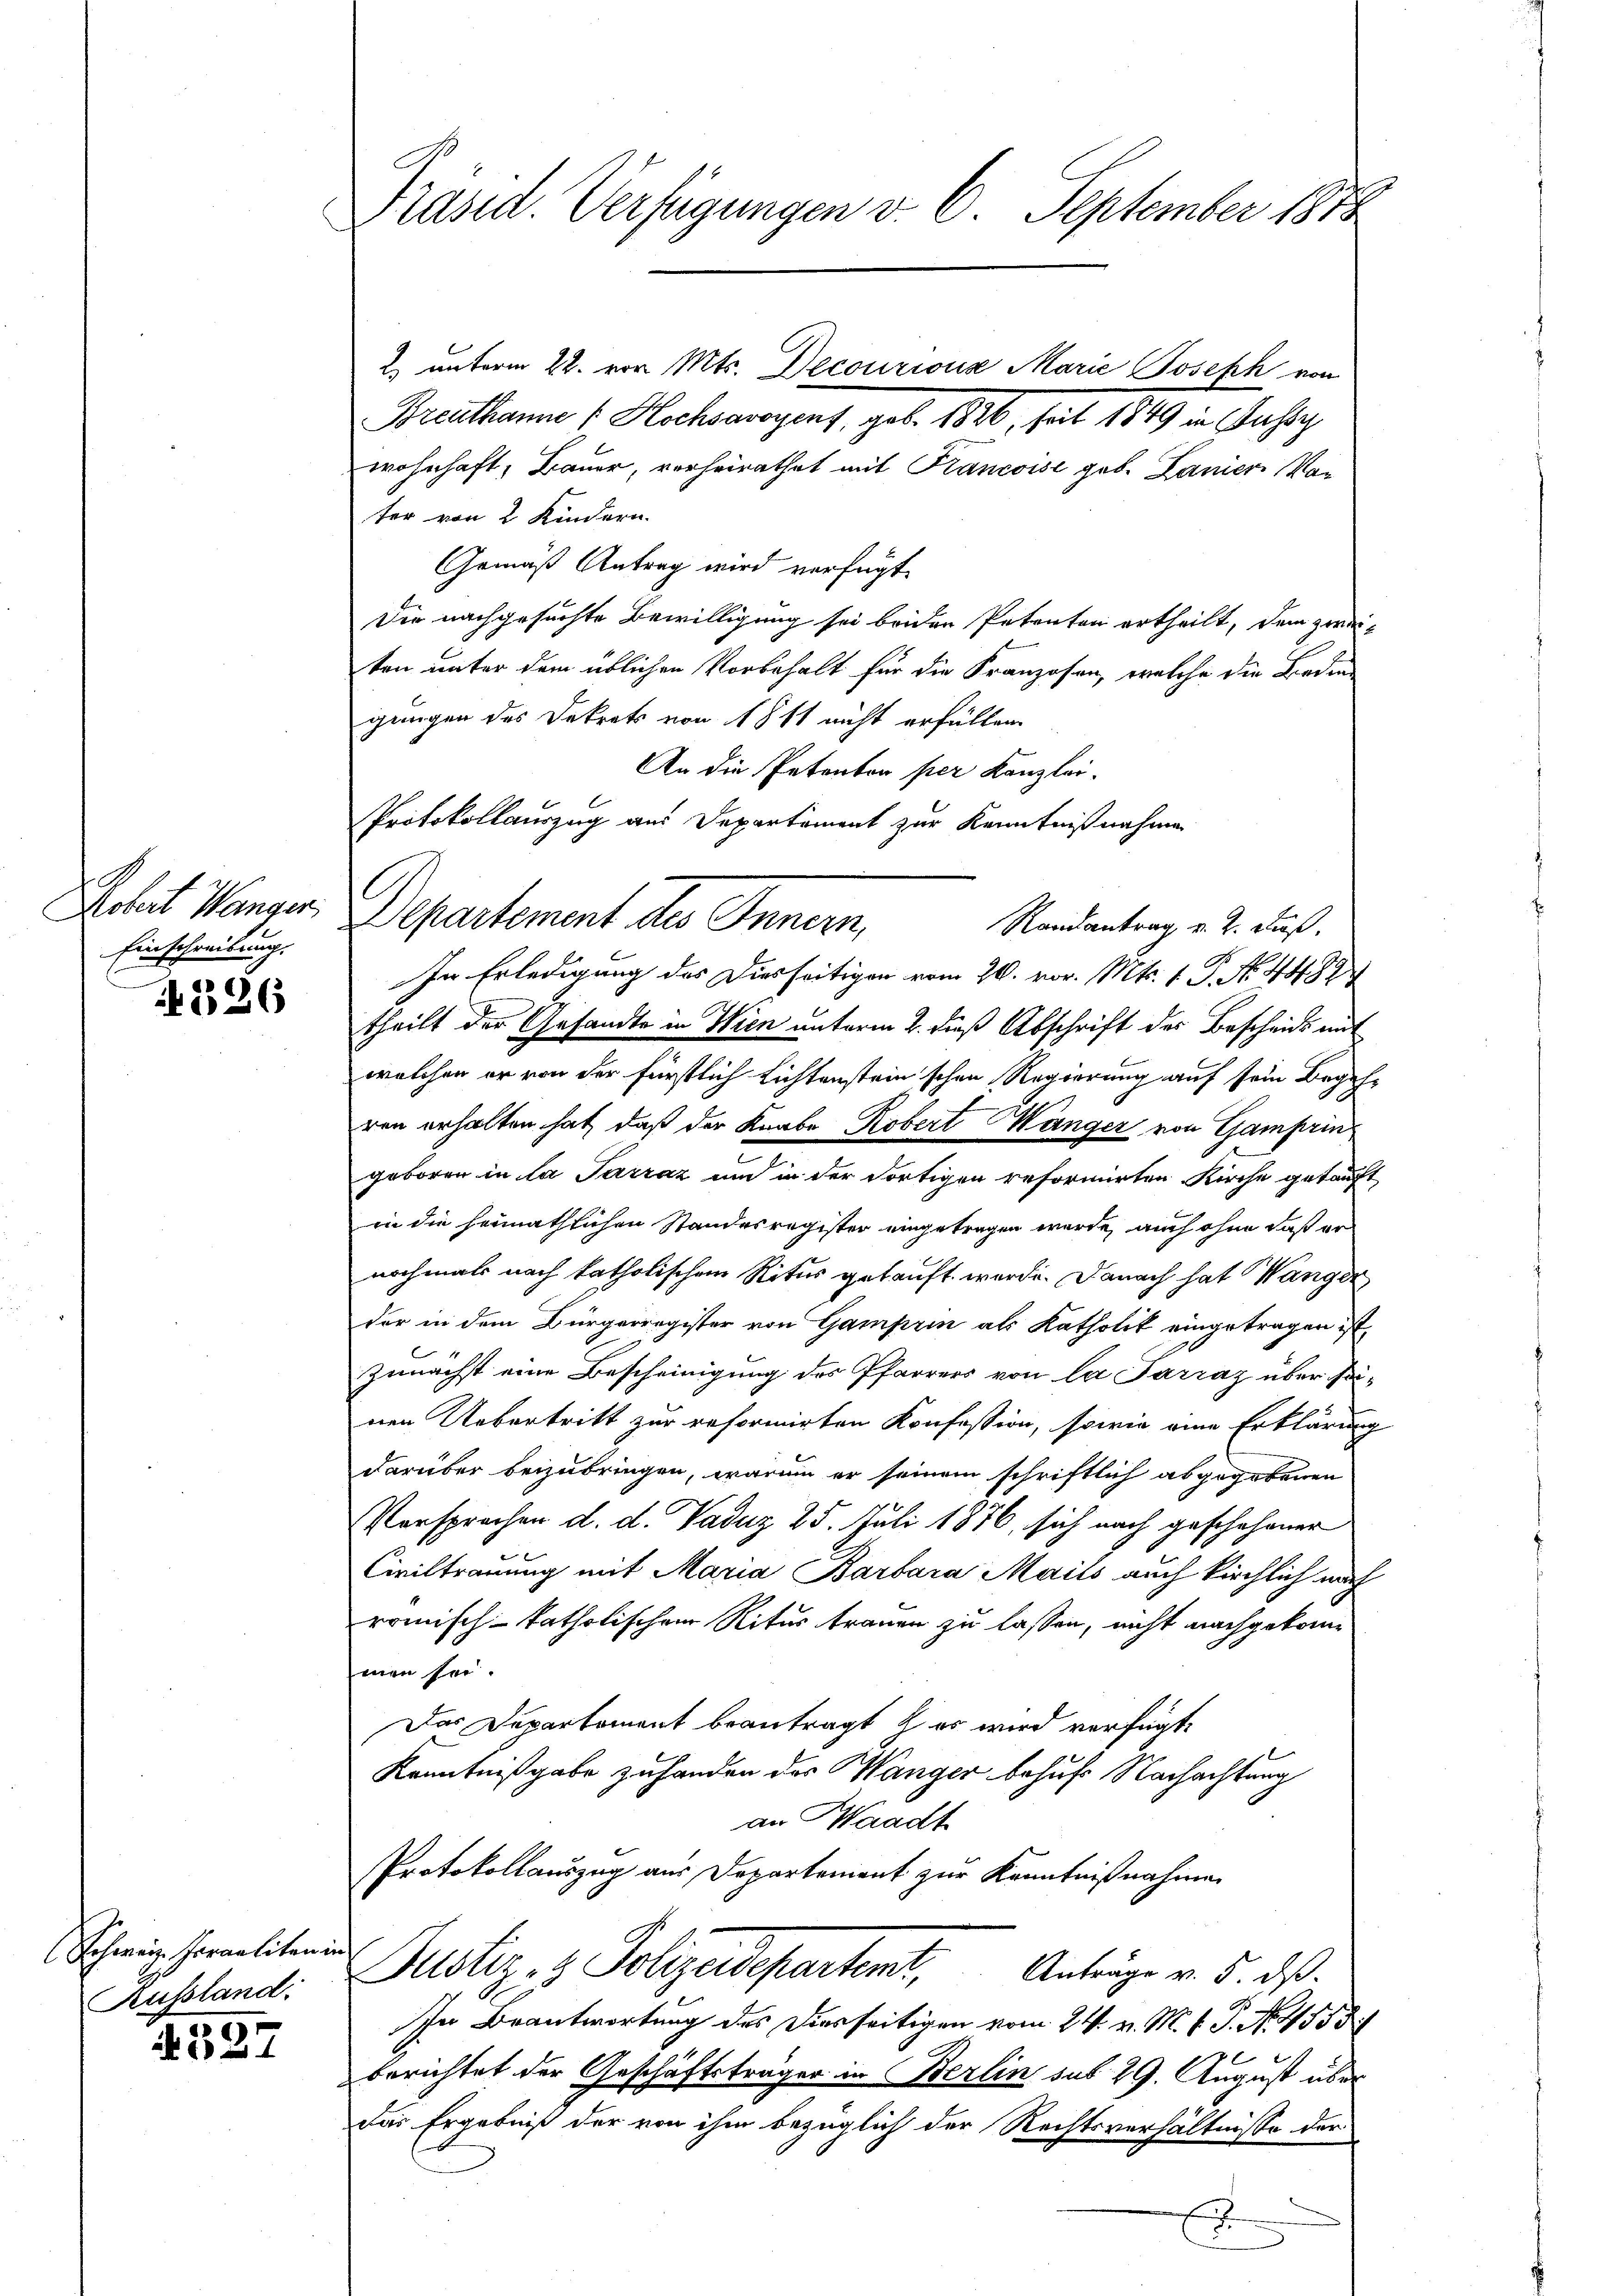
Roheit Wanger
Einschreibung.
1

26

Schweiz. Fornalitanie
Aussland:

327

Präsid. Verfügungen v. 6. September 1878

Breuthanne Hochsavoyent, geb. 1826, seit 1849 in Aussi
wohnhaft, Bauer, vorheirathet mit Krancoise geb. Lanier Vor
ter von 2 Kindern.
Gemäß Antrag wird verfügt:
Die nachgesuchte Bewilligung sei beiden Petenten ertheilt, dem zwei-
ten unter dem üblichen Vorbehalt für die Franzosen, welche die Bedin-
gungen des Dekrets von 1811 nicht erfüllen
An die Petenton per Kanzlei-
Protokollauszug aus Departement zur Kenntnißnahme

l
Departement des Innern,
Randantrag v. 2. Fuß.

In Erledigung des Diesseitigen vom 20. vor. Mts. 1. P. No. 44874
theilt der Gesandte in Wien unterm 2. dieß Abschrift des Bescheids mit
welchen er von der fürstlich Lichtenstein schon Regierung auf sein Begehren erhalten hat, daß der Knabe Robert Mänger von Gamprin
geboren in la Sarraz und in der dortigen reformirten Kirche getauft
in die heimathlichen Standesregister eingetragen wurde, auch ohne daß er
nochmals nach katholischen Ritus gekauft werde. Danach hat anger
der in dem Bürgerregister von Gamprin als Katholik eingetragen ist,
zunächst eine Bescheinigung des Pfarrers von la Parraz über sonen Uebertritt zur reformirten Konfession, sowie eine Erklärung
d
darüber beizubringen, warum er seinem schriftlich abgegebenen
Vorsprochen d. d. Vaduz 25. Juli 1876, sich nach geschehener
Civiltrauung mit Maria Barbara Mails auch kirchlich nach
römisch-katholischem Ritur trauen zu lassen, nicht nachgekommen sei
Das Departement beantragt & es wird verfügt,
Kenntnißgabe zuhanden des Wanger behufs Nachachtung
an Waadt
Protokollauszug aus Departement zur Kenntnißnahmen
i
Justiz, 1 Polizeidepartent, Anträge v. 5. ds.
In Beantwortung des Dierseitigen vom 24. v. M. v. P. Nr. 455 3/
berichtet der Geschäftsträger in Berlin sub 29. August über
das Ergebniß der von ihm bezüglich der Rechtsverhältnisse der
.

2) unterm 22. von Mts. Decouriona Marie Joseph von